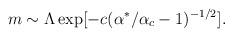
LaTeX: \begin{align*}m \sim \Lambda \exp [- c(\alpha^*/\alpha_c-1)^{-1/2} ] .\end{align*}